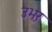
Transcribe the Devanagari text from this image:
उभऱ